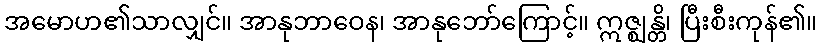
အမောဟ၏သာလျှင်။ အာနုဘာဝေန၊ အာနုဘော်ကြောင့်။ ဣဇ္ဈန္တိ၊ ပြီးစီးကုန်၏။